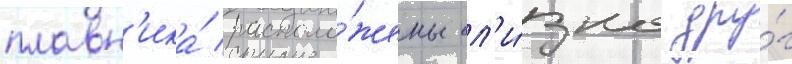
плавн'ика́ располо́жены бл'и́зко дру́г